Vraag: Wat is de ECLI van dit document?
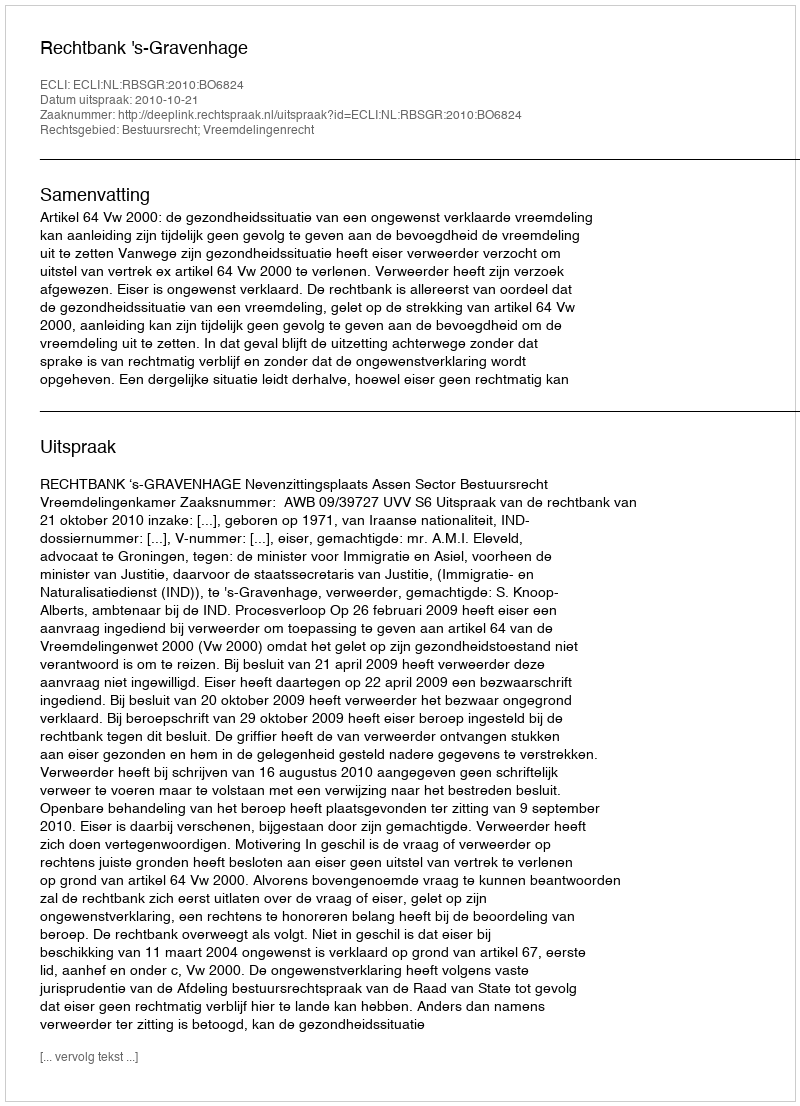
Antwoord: ECLI:NL:RBSGR:2010:BO6824